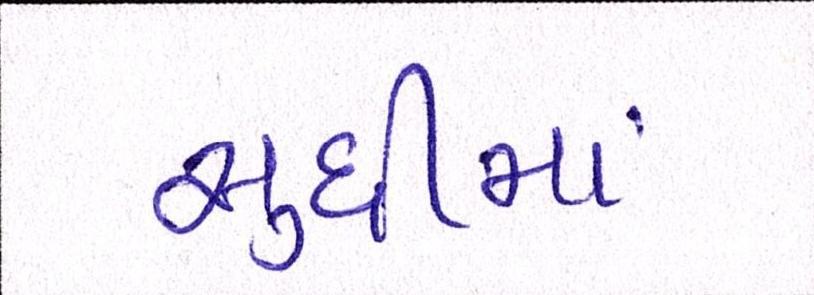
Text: સુધીમાં